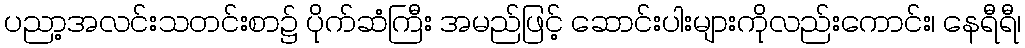
ပညာ့အလင်းသတင်းစာ၌ ပိုက်ဆံကြီး အမည်ဖြင့် ဆောင်းပါးများကိုလည်းကောင်း၊ နေရီရီ၊